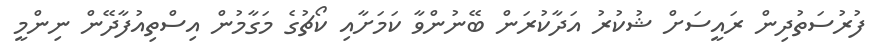
ފުރުސަތުދިން ރައީސަށް ޝުކުރު އަދާކުރަން ބޭނުންވާ ކަމަށާއި ކޯޗުގެ މަގާމުން އިސްތިއުފާދޭން ނިންމީ